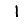
Digit: 1